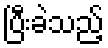
ပြီးခဲသည့်